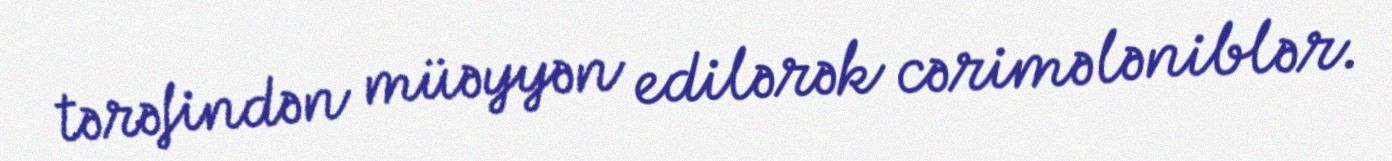
tərəfindən müəyyən edilərək cərimələniblər.